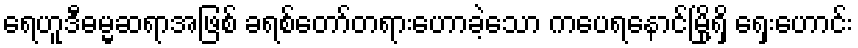
ရေဟူဒီဓမ္မဆရာအဖြစ် ခရစ်တော်တရားဟောခဲ့သော ကပေရနောင်မြို့ရှိ ရှေးဟောင်း